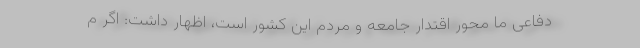
دفاعی ما محور اقتدار جامعه و مردم این کشور است، اظهار داشت: اگر م